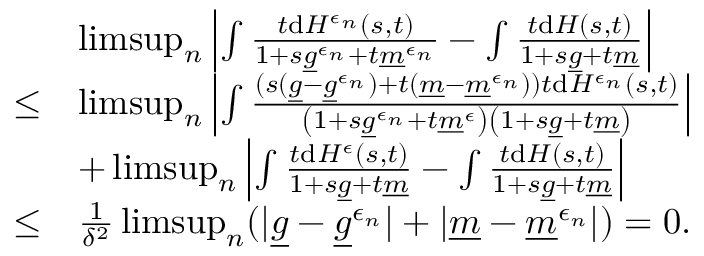
\begin{array} { r l } & { \operatorname* { l i m s u p } _ { n } \left\vert \int \frac { t \mathrm { d } H ^ { \epsilon _ { n } } ( s , t ) } { 1 + s \underline { g } ^ { \epsilon _ { n } } + t \underline { m } ^ { \epsilon _ { n } } } - \int \frac { t \mathrm { d } H ( s , t ) } { 1 + s \underline { g } + t \underline { m } } \right\vert } \\ { \le } & { \operatorname* { l i m s u p } _ { n } \left\vert \int \frac { ( s ( \underline { g } - \underline { g } ^ { \epsilon _ { n } } ) + t ( \underline { m } - \underline { m } ^ { \epsilon _ { n } } ) ) t \mathrm { d } H ^ { \epsilon _ { n } } ( s , t ) } { \left( 1 + s \underline { g } ^ { \epsilon _ { n } } + t \underline { m } ^ { \epsilon } \right) \left( 1 + s \underline { g } + t \underline { m } \right) } \right\vert } \\ & { + \operatorname* { l i m s u p } _ { n } \left\vert \int \frac { t \mathrm { d } H ^ { \epsilon } ( s , t ) } { 1 + s \underline { g } + t \underline { m } } - \int \frac { t \mathrm { d } H ( s , t ) } { 1 + s \underline { g } + t \underline { m } } \right\vert } \\ { \leq } & { \frac 1 { \delta ^ { 2 } } \operatorname* { l i m s u p } _ { n } ( \vert \underline { g } - \underline { g } ^ { \epsilon _ { n } } \vert + \vert \underline { m } - \underline { m } ^ { \epsilon _ { n } } \vert ) = 0 . } \end{array}